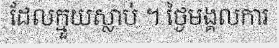
ដែលក្មួយស្លាប់ ។ ថ្ងៃមង្គលការ